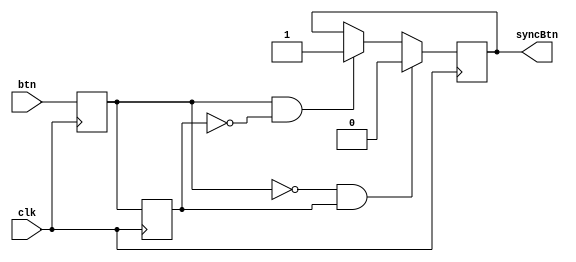
module syncInput(
  input clk,
  input btn,
  output reg syncBtn = 0
);
    reg b1;
    reg b2;
    always @(posedge clk) begin
      b1 <= btn;
      b2 <= b1;
      if (b1 && !b2) begin
        syncBtn <= 1;
      end
      if (!b1 && b2) begin
        syncBtn <= 0;
      end
    end
endmodule // syncInput